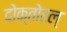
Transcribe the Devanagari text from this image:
दोक्तोरल्